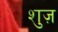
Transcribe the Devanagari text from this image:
शुज़